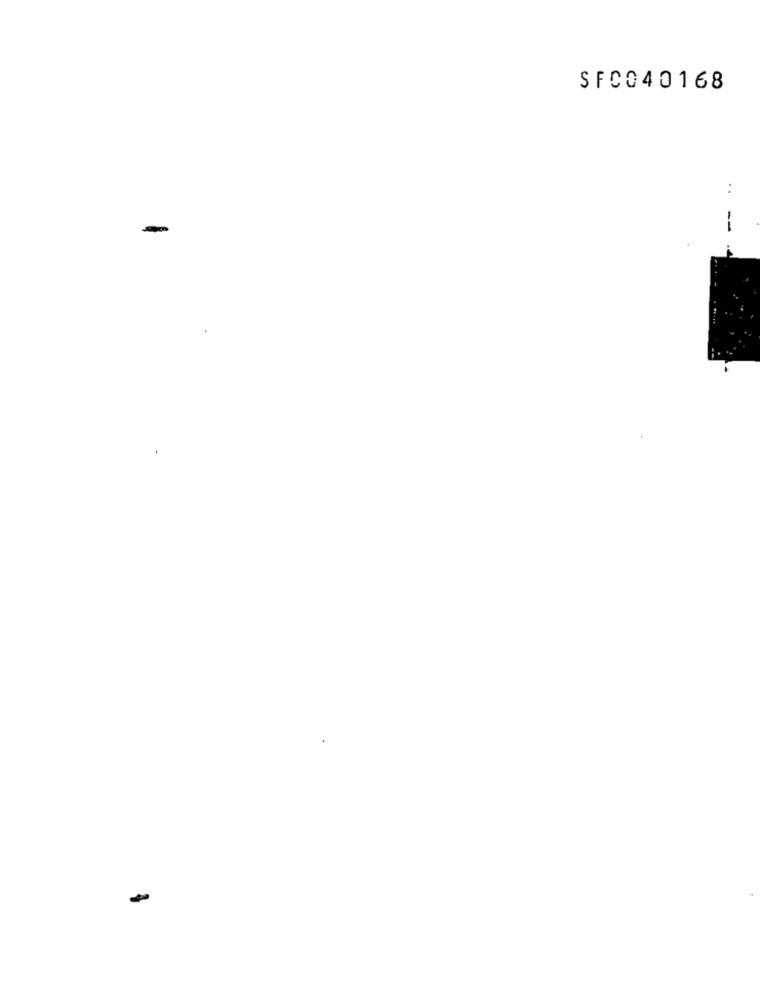
SFC040168
..
--
.4